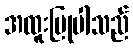
အထူးပြုပါသည်